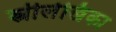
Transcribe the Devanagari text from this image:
स्त्रीलेखिका